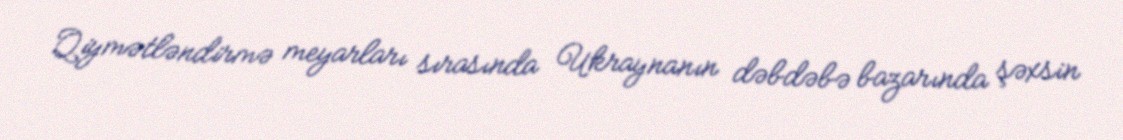
Qiymətləndirmə meyarları sırasında Ukraynanın dəbdəbə bazarında şəxsin